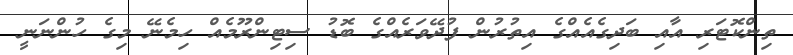
ތިންކޮޓަރި އާއި ބަދިގެއެއްގެ އިތުރުން ފުދޭވަރެއްގެ ބޮޑު ސިޓިންރޫމެއް ހިމެނޭ މިގެ ހުންނަނީ